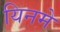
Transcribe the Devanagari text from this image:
यिनमे